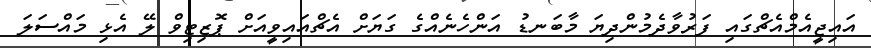
އައިޖީއެމްއެޗްގައި ފަރުވާދެމުންދިޔަ މާބަނޑު އަންހެނެއްގެ ގަޔަށް އެޗްއައިވީއަށް ޕޮޒިޓިވް ލޭ އެޅި މައްސަލަ